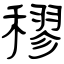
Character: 穋